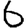
Digit: 6